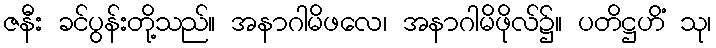
ဇနီး ခင်ပွန်းတို့သည်။ အနာဂါမိဖလေ၊ အနာဂါမိဖိုလ်၌။ ပတိဋ္ဌဟိံ သု၊